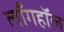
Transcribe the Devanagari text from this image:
लाँगहॉल